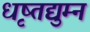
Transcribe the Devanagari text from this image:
धृष्तद्युम्न